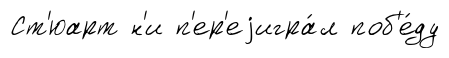
Ст'юарт н'и п'ер'еjигра́л поб'е́ду